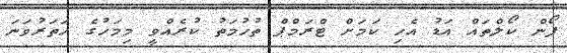
ފޯން ކޯލްތައް އަޑު އެހި ކަމަށް ޓްރަމްޕް ތުހުމަތު ކުރެއްވީ މިމަހުގެ ހަތަރުވަނަ